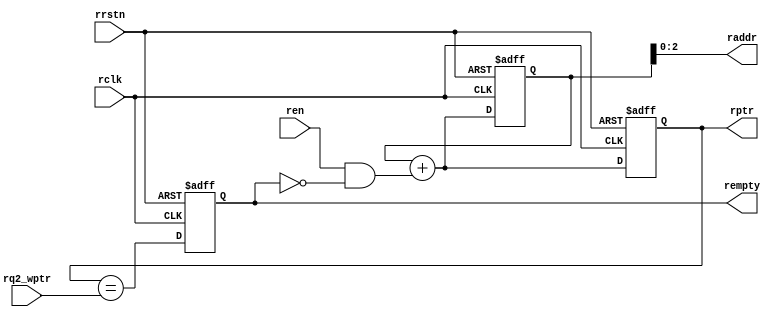
// 4.r_empty module
// Purpose: It generate the fifo_empty condition logic.
//	    Generate the read address which is then passed to the fifo_mem.
module r_empty( raddr,rempty,rptr,rq2_wptr,ren,rclk,rrstn);
	
	// Parameter Define:
	parameter ADDR_WIDTH = 3;
	
	// Port Define:
	input		[ADDR_WIDTH : 0]	rq2_wptr;
	input 					ren,rclk,rrstn;
	output reg	[ADDR_WIDTH : 0]	rptr;
	output		[ADDR_WIDTH-1 : 0]	raddr;
	output reg				rempty;
	
	// Internal variable:
	reg 		[ADDR_WIDTH : 0]	rbin;
	wire		[ADDR_WIDTH : 0]	rbinnext;
	wire 					rempty_val;
	////////////////////////////
	// BINARY CODE for ADDRESS
	///////////////////////////
	
	always@(posedge rclk or negedge rrstn)
	begin
		if(!rrstn)
		begin
			rbin	<= 0;
			rptr	<= 0;
		end
		else
		begin
			rbin	<= rbinnext;
			rptr	<= rbinnext;
		end
	end
	
	//Assignement Statement:
	assign rbinnext = rbin + (ren && ~rempty);
	assign raddr	= rbin [ADDR_WIDTH-1 : 0];
	
	//---------------------------------------------------------------
	// FIFO is empty => rptr = synchronized wptr:
	//---------------------------------------------------------------
	
	assign rempty_val	= (rptr == rq2_wptr);
	
	// Purpose: For rempty output signal
	always@(posedge rclk or negedge rrstn)
	begin
		if(!rrstn)
		begin
			rempty 	<= 1'b1;
		end
		else
		begin
			rempty 	<= rempty_val; 
		end
	end
endmodule